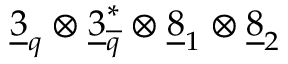
\underline { { { 3 } } } _ { q } \otimes \underline { { { 3 } } } _ { \overline { { { q } } } } ^ { * } \otimes \underline { { { 8 } } } _ { 1 } \otimes \underline { { { 8 } } } _ { 2 }